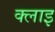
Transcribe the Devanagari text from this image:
क्लाइ